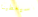
سيعطينا